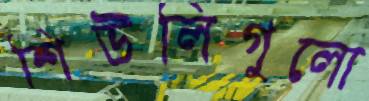
শিউলিগুলো